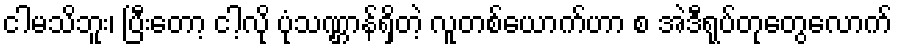
ငါမသိဘူး၊ ပြီးတော့ ငါ့လို ပုံသဏ္ဌာန်ရှိတဲ့ လူတစ်ယောက်ဟာ စ အဲဒီရုပ်တုတွေလောက်